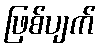
ဖြစ်ပျက်